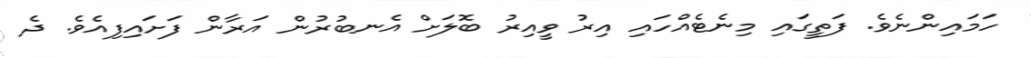
ހަމައިންނެވެ. ފަތީގައި މިނެޓެއްހައި އިރު ވީއިރު ބޮލަށް އެނބުރުން އަރާން ފަށައިފިއެވެ. ދެ